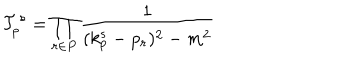
LaTeX: { \cal T } _ { p } ^ { s } = \prod _ { r \in P } \frac { 1 } { ( k _ { p } ^ { s } - p _ { r } ) ^ { 2 } - m ^ { 2 } }